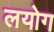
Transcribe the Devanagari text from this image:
लयोग